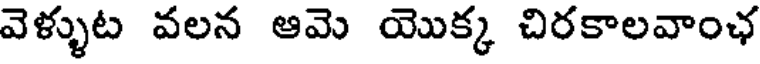
వెళ్ళుట వలన ఆమె యొక్క చిరకాలవాంఛ